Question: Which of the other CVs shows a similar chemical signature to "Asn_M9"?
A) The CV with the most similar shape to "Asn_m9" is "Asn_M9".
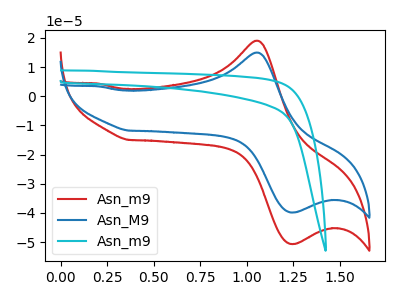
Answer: <think>The red curve "Asn_m9" has an anodic peak at (1.05V, 19.05uA) and a cathodic peak at (1.25V, -50.65uA). The blue curve "Asn_M9" has an anodic peak at (1.05V, 15.00uA) and a cathodic peak at (1.25V, -39.85uA). The cyan curve "Asn_m9" has no peaks.
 All the peaks in "Asn_m9" have a peak in "Asn_M9" at the same potential. Every peak in "Asn_m9" is higher than every peak in "Asn_M9". "Asn_m9" and "Asn_m9" have a different number of peaks. "Asn_M9" and "Asn_m9" have a different number of peaks.</think>
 <answer>A) The CV with the most similar shape to "Asn_m9" is "Asn_M9".</answer>
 <eval>A</eval>